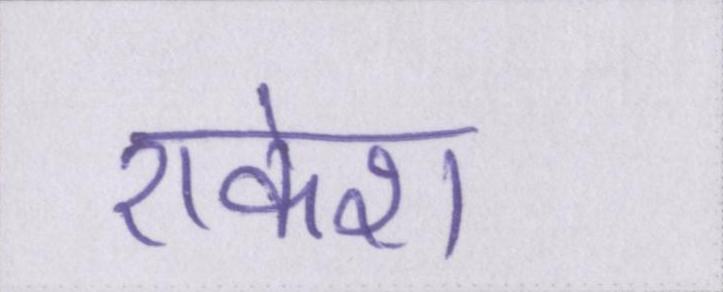
राकेश